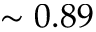
\sim 0 . 8 9